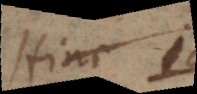
Hinc id